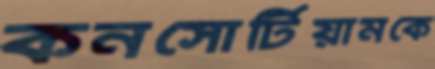
কনসোর্টিয়ামকে